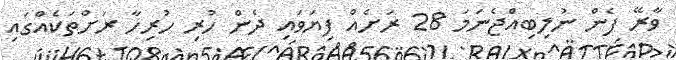
ވާރޭ ފެން ނުލިބިއްޖެނަމަ 28 ރަށެއް ފިޔަވައި ދެން ހުރި ހުރިހާ ރަށްތަކެއްގައި